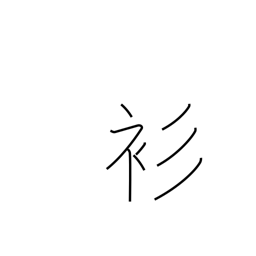
Meaning: thin kimono